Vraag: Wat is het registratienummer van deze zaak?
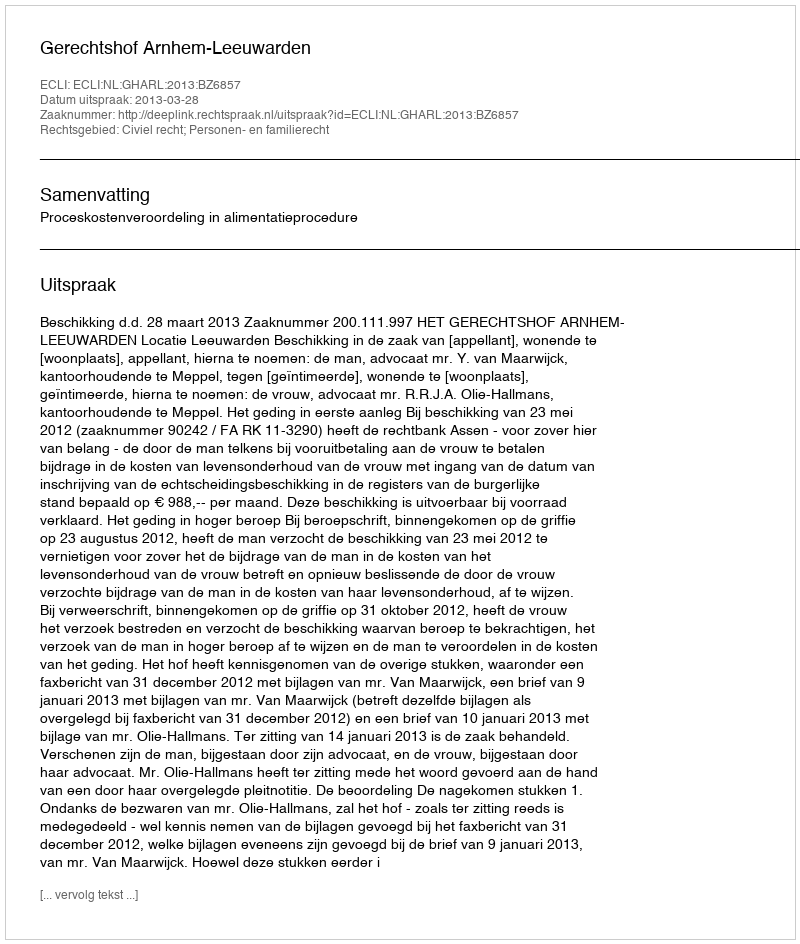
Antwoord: http://deeplink.rechtspraak.nl/uitspraak?id=ECLI:NL:GHARL:2013:BZ6857